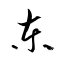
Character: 東